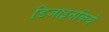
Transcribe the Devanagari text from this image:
डिजाइनकिये